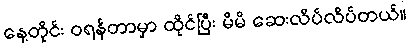
နေ့တိုင်း ဝရန်တာမှာ ထိုင်ပြီး မိမိ ဆေးလိပ်လိပ်တယ်။